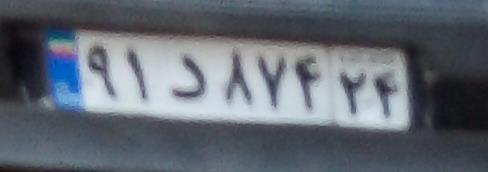
۹۱د۸۷۴۲۴